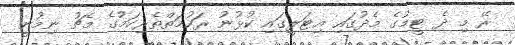
ރޭ މި ދެ ޓީމުގެ މެދުގައި އިޓަލީގައި ކުޅުނު ރަހުމަތްތެރިކަމުގެ މެޗު ނިމުނީ